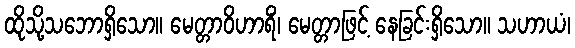
ထိုသို့သဘောရှိသော။ မေတ္တာဝိဟာရိံ၊ မေတ္တာဖြင့် နေခြင်းရှိသော။ သဟာယံ၊